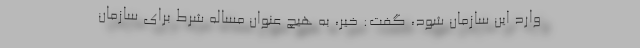
وارد این سازمان شود، گفت: خیر، به هیچ عنوان مساله شرط برای سازمان